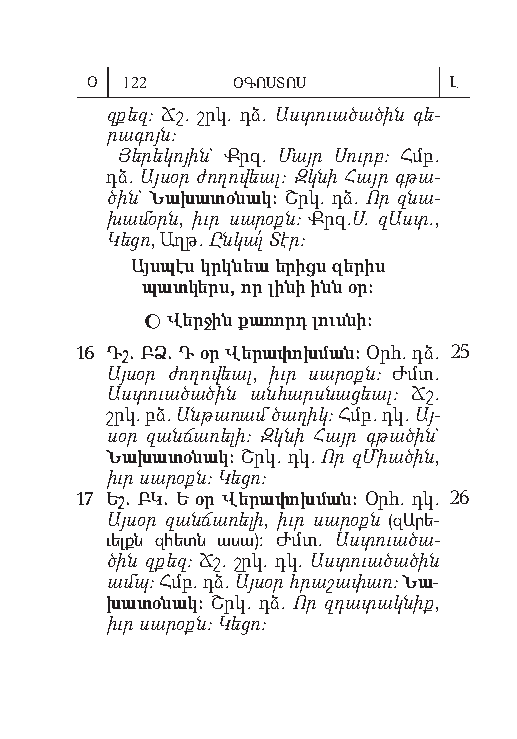
Օ 122    ՕԳՈՍՏՈՍ        Լ
 զքեզ: Ճշ. շրկ. դձ. Աս տուած ած ին գե­
 րագ ոյն:
 Յե րե կո յին` Քրզ. Մայր Սուրբ: Հմբ.
 դձ. Այ սօր ժո ղո վեալ: Զկ նի Հայր գթա­
 ծին` Նա խա տօ նակ: Շրկ. դձ. Որ զնա­
 խամօրն, իւր սար օքն: Քրզ.Ս. զԱստ.,
 Կեց ո, Աղթ. Ըն կա՛լ Տէր:
 Այս պէս կրկնեա ե րիցս զե րիս
 պատ կերս, որ լին ի ինն օր:
  Վեր ջին քա ռորդ լուս նի:
 16 Դշ. ԲՁ. Դ օր Վեր ա փոխ ման: Օրհ. դձ. 25
 Այս օր ժող ով եալ, իւր սա րօքն: Ժմտ.
 Աստ ուա ծած ին ան հարսն ա ցեալ: Ճշ.
 շրկ. բձ. Ան թառ ամ ծա ղիկ: Հմբ. դկ. Այ­
 սօր զան ճառ ել ի: Զկն ի Հայր գթած ին`
 Նա խա տօ նակ: Շրկ. դկ. Որ զՄ իած ին,
 իւր սա րօքն: Կեց ո:
 17 Եշ. ԲԿ. Ե օր Վեր ա փոխ ման: Օրհ. դկ. 26
 Այս օր զանճ առ ե լի, իւր սար օքն (զԱ րե­
 ւելքն զհետն աս ա): Ժմտ. Աս տուած ա­
 ծին զքեզ: Ճշ. շրկ. դկ. Աս տուած ած ին
 ամպ: Հմբ. դձ. Այ սօր հրաշ ա փառ: Նա-
 խա տօ նակ: Շրկ. դձ. Որ զդատ ակն իք,
 իւր սա րօքն: Կեց ո: